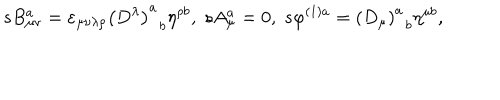
LaTeX: s B _ { \mu \nu } ^ { a } = \varepsilon _ { \mu \nu \lambda \rho } \left( D ^ { \lambda } \right) _ { \; \; b } ^ { a } \eta ^ { \rho b } , \; s A _ { \mu } ^ { a } = 0 , \; s \varphi ^ { ( 1 ) a } = \left( D _ { \mu } \right) _ { \; \; b } ^ { a } \eta ^ { \mu b } ,